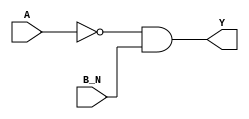
/*
 * Copyright 2020 The SkyWater PDK Authors
 *
 * Licensed under the Apache License, Version 2.0 (the "License");
 * you may not use this file except in compliance with the License.
 * You may obtain a copy of the License at
 *
 *     https://www.apache.org/licenses/LICENSE-2.0
 *
 * Unless required by applicable law or agreed to in writing, software
 * distributed under the License is distributed on an "AS IS" BASIS,
 * WITHOUT WARRANTIES OR CONDITIONS OF ANY KIND, either express or implied.
 * See the License for the specific language governing permissions and
 * limitations under the License.
 *
 * SPDX-License-Identifier: Apache-2.0
*/


`ifndef SKY130_FD_SC_LP__NOR2B_BEHAVIORAL_V
`define SKY130_FD_SC_LP__NOR2B_BEHAVIORAL_V

/**
 * nor2b: 2-input NOR, first input inverted.
 *
 *        Y = !(A | B | C | !D)
 *
 * Verilog simulation functional model.
 */

`timescale 1ns / 1ps
`default_nettype none

`celldefine
module sky130_fd_sc_lp__nor2b (
    Y  ,
    A  ,
    B_N
);

    // Module ports
    output Y  ;
    input  A  ;
    input  B_N;

    // Module supplies
    supply1 VPWR;
    supply0 VGND;
    supply1 VPB ;
    supply0 VNB ;

    // Local signals
    wire not0_out  ;
    wire and0_out_Y;

    //  Name  Output      Other arguments
    not not0 (not0_out  , A              );
    and and0 (and0_out_Y, not0_out, B_N  );
    buf buf0 (Y         , and0_out_Y     );

endmodule
`endcelldefine

`default_nettype wire
`endif  // SKY130_FD_SC_LP__NOR2B_BEHAVIORAL_V